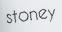
stoney